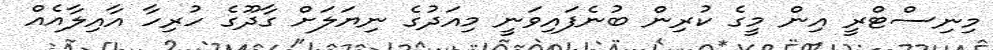
މިނިސްޓްރީ އިން މީގެ ކުރިން ބުނެފައިވަނީ މިއަދުގެ ނިޔަލަށް ގާދޫގެ ހުރިހާ އާއިލާއެއް